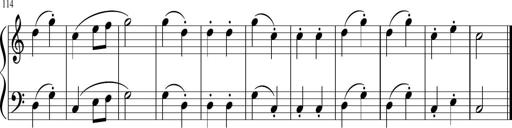
Title: 6 Instructive Sonatinas
Composer: Jacob Schmitt